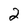
Character: 2